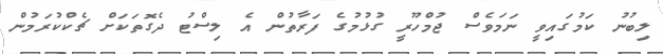
ލިބުނު ކަމުގައިވީ ނަމަވެސް ޖުމްހޫރީ ގުޅުމުގެ ފަރާތުން އެ ލިސްޓު ދެގޮތަކަށް ޗެކްކުރަމުން